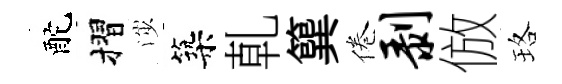
酡摺渉築乹簨倦剥倣珞